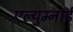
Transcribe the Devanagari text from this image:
एल्युम्नाई